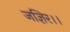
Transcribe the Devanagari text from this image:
जज्ञिर।।